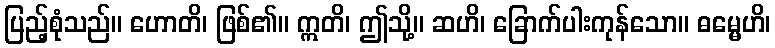
ပြည့်စုံသည်။ ဟောတိ၊ ဖြစ်၏။ ဣတိ၊ ဤသို့။ ဆဟိ၊ ခြောက်ပါးကုန်သော။ ဓမ္မေဟိ၊